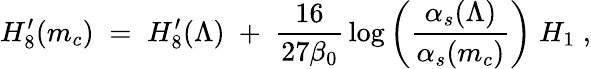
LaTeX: {H_{8}^{\prime}(m_{c})\; =\; H_{8}^{\prime}(\Lambda)\; +\; {\frac{16}{27\beta_{0}}}\log\left({\frac{\alpha_{s}(\Lambda)}{\alpha_{s}(m_{c})}}\right)\; H_{1}\; ,}